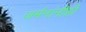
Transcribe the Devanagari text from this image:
जर्मनांनीही